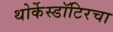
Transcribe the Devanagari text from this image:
थोर्केस्डॉटिरचा